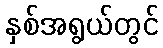
နှစ်အရွယ်တွင်